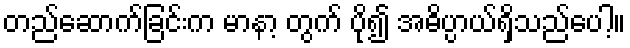
တည်ဆောက်ခြင်းက မာနာ့ တွက် ပို၍ အဓိပ္ပာယ်ရှိသည်ပေါ့။